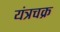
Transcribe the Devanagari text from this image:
यंत्रचक्र